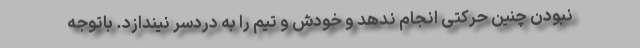
نبودن چنین حرکتی انجام ندهد و خودش و تیم را به دردسر نیندازد. باتوجه